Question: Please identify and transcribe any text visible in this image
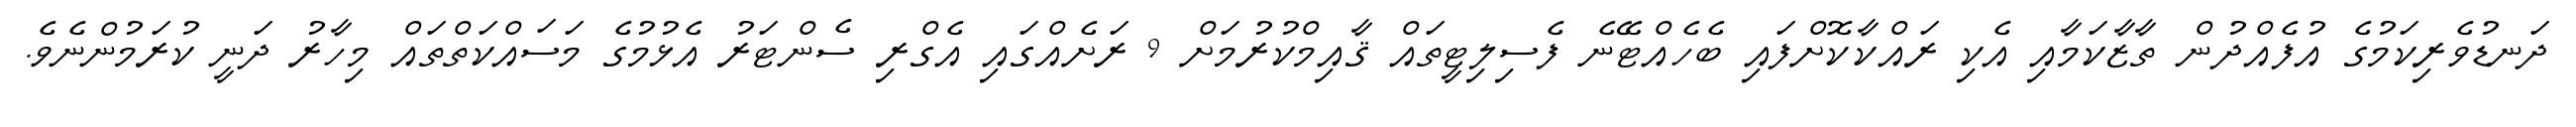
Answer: ދަނޑުވެރިކަމުގެ އުފެއްދުން ތާޒާކަމާއި އެކި ރައްކާކޮށްފައި ބެހެއްޓޭނެ ފެސިލިޓީތައް ޤާއިމްކުރުމަށް 9 ރަށެއްގައި އެގްރި ސެންޓަރު އެޅުމުގެ މަސައްކަތްތައް މިހާރު ދަނީ ކުރަމުންނެވެ.